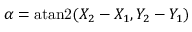
\alpha = \operatorname { a t a n 2 } ( X _ { 2 } - X _ { 1 } , Y _ { 2 } - Y _ { 1 } )